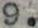
9.